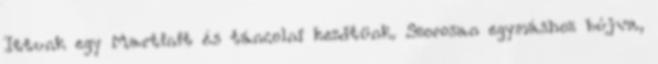
Ittunk egy Martinit és táncolni kezdtünk. Szorosan egymáshoz bújva,